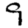
Digit: 9